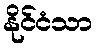
နိုင်ငံသာ